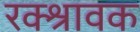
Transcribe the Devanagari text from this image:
रक्श्रावक